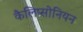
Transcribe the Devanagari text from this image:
कैलिप्सोनियन